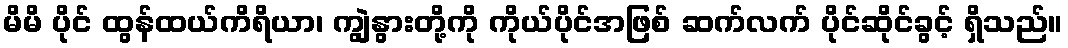
မိမိ ပိုင် ထွန်ထယ်ကိရိယာ၊ ကျွဲနွားတို့ကို ကိုယ်ပိုင်အဖြစ် ဆက်လက် ပိုင်ဆိုင်ခွင့် ရှိသည်။